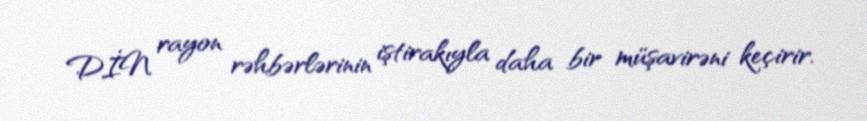
DİN rayon rəhbərlərinin iştirakıyla daha bir müşavirəni keçirir.